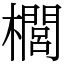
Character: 櫚